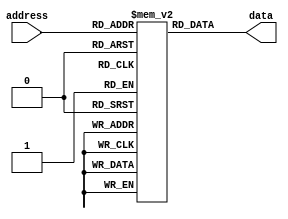
module anti_fuse_rom(
    input wire [7:0] address,
    output reg [7:0] data
);

reg [7:0] rom [255:0];

initial begin
    // Initialize anti-fuse ROM data
    rom[0] = 8'b00000000; // Data for address 0
    rom[1] = 8'b00000001; // Data for address 1
    // Add more data initialization as needed
    
end

always @(*) begin
    data = rom[address];
end

endmodule